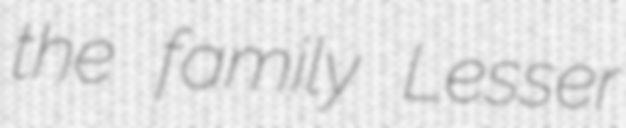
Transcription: the family Lesser